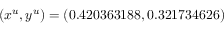
( x ^ { u } , y ^ { u } ) = ( 0 . 4 2 0 3 6 3 1 8 8 , 0 . 3 2 1 7 3 4 6 2 6 )